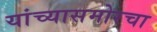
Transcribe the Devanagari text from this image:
यांच्यासमोरचा